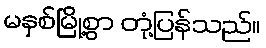
မနှစ်မြို့စွာ တုံ့ပြန်သည်။